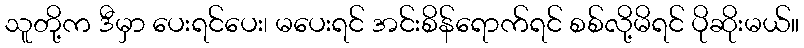
သူတို့က ဒီမှာ ပေးရင်ပေး၊ မပေးရင် အင်းစိန်ရောက်ရင် စစ်လို့မိရင် ပိုဆိုးမယ်။